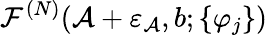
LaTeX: \mathcal{F}^{(N)}(\mathcal{A}+\varepsilon_{\mathcal{A}},b;\{ \varphi_{j}\} )